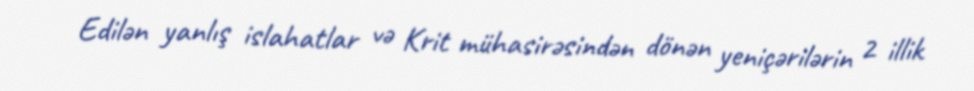
Edilən yanlış islahatlar və Krit mühasirəsindən dönən yeniçərilərin 2 illik